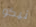
نيكو